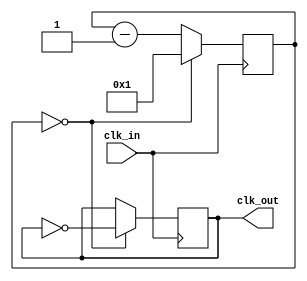
module clock_divider (
input wire clk_in, // input clock signal
output reg clk_out // divided clock signal
);

reg [31:0] count;

always @ (posedge clk_in)
begin
    if (count == 0) begin
        clk_out <= ~clk_out;
        count <= DIVIDE_FACTOR - 1;
    end else begin
        count <= count - 1;
    end
end

parameter DIVIDE_FACTOR = 2; // divide factor to generate slower clock signal

endmodule